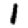
Digit: 1